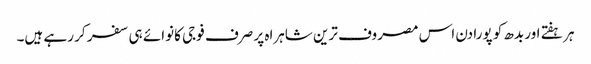
ہر ہفتے اور بدھ کو پورا دن اس مصروف ترین شاہراہ پر صرف فوجی کانوائے ہی سفر کر رہے ہیں۔